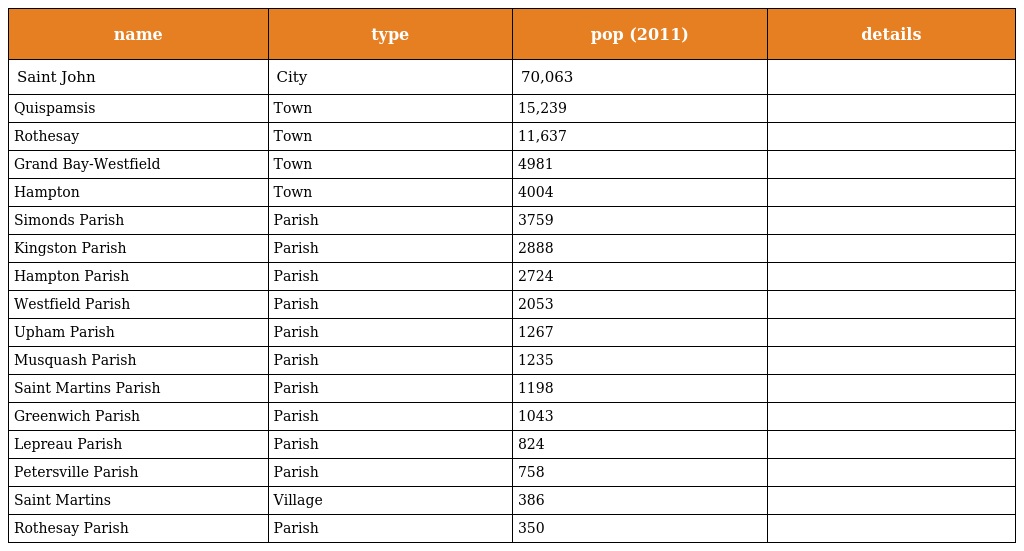
| name | type | pop (2011) | details |
 | --- | --- | --- | --- |
 | Saint John | City | 70,063 |  |
 | Quispamsis | Town | 15,239 |  |
 | Rothesay | Town | 11,637 |  |
 | Grand Bay-Westfield | Town | 4981 |  |
 | Hampton | Town | 4004 |  |
 | Simonds Parish | Parish | 3759 |  |
 | Kingston Parish | Parish | 2888 |  |
 | Hampton Parish | Parish | 2724 |  |
 | Westfield Parish | Parish | 2053 |  |
 | Upham Parish | Parish | 1267 |  |
 | Musquash Parish | Parish | 1235 |  |
 | Saint Martins Parish | Parish | 1198 |  |
 | Greenwich Parish | Parish | 1043 |  |
 | Lepreau Parish | Parish | 824 |  |
 | Petersville Parish | Parish | 758 |  |
 | Saint Martins | Village | 386 |  |
 | Rothesay Parish | Parish | 350 |  |